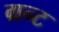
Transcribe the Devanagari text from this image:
ग्रन्ट